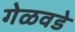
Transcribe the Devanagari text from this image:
गेळवडे